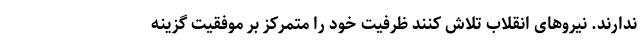
ندارند. نیروهای انقلاب تلاش کنند ظرفیت خود را متمرکز بر موفقیت گزینه